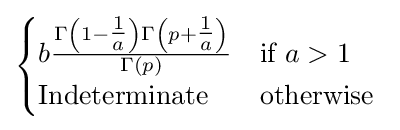
{\begin{cases}b{\frac {\Gamma \left(1-{\tfrac {1}{a}}\right)\Gamma \left(p+{\tfrac {1}{a}}\right)}{\Gamma (p)}}&{\text{if}}\ a>1\\{\text{Indeterminate}}&{\text{otherwise}}\ \end{cases}}